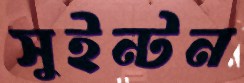
সুইন্টন